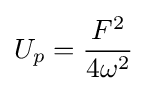
U_{p}={\frac {F^{2}}{4\omega ^{2}}}